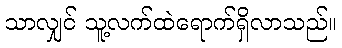
သာလျှင် သူ့လက်ထဲရောက်ရှိလာသည်။